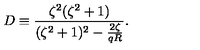
D \equiv \frac { \zeta ^ { 2 } ( \zeta ^ { 2 } + 1 ) } { ( \zeta ^ { 2 } + 1 ) ^ { 2 } - \frac { 2 \zeta } { q R } } .